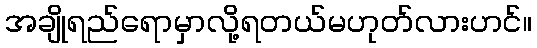
အချိုရည်ရောမှာလို့ရတယ်မဟုတ်လားဟင်။